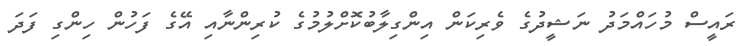
ރައީސް މުހައްމަދު ނަޝީދުގެ ވެރިކަން އިންގިލާބުކޮށްލުމުގެ ކުރިންނާއި އޭގެ ފަހުން ހިންގި ފަދަ